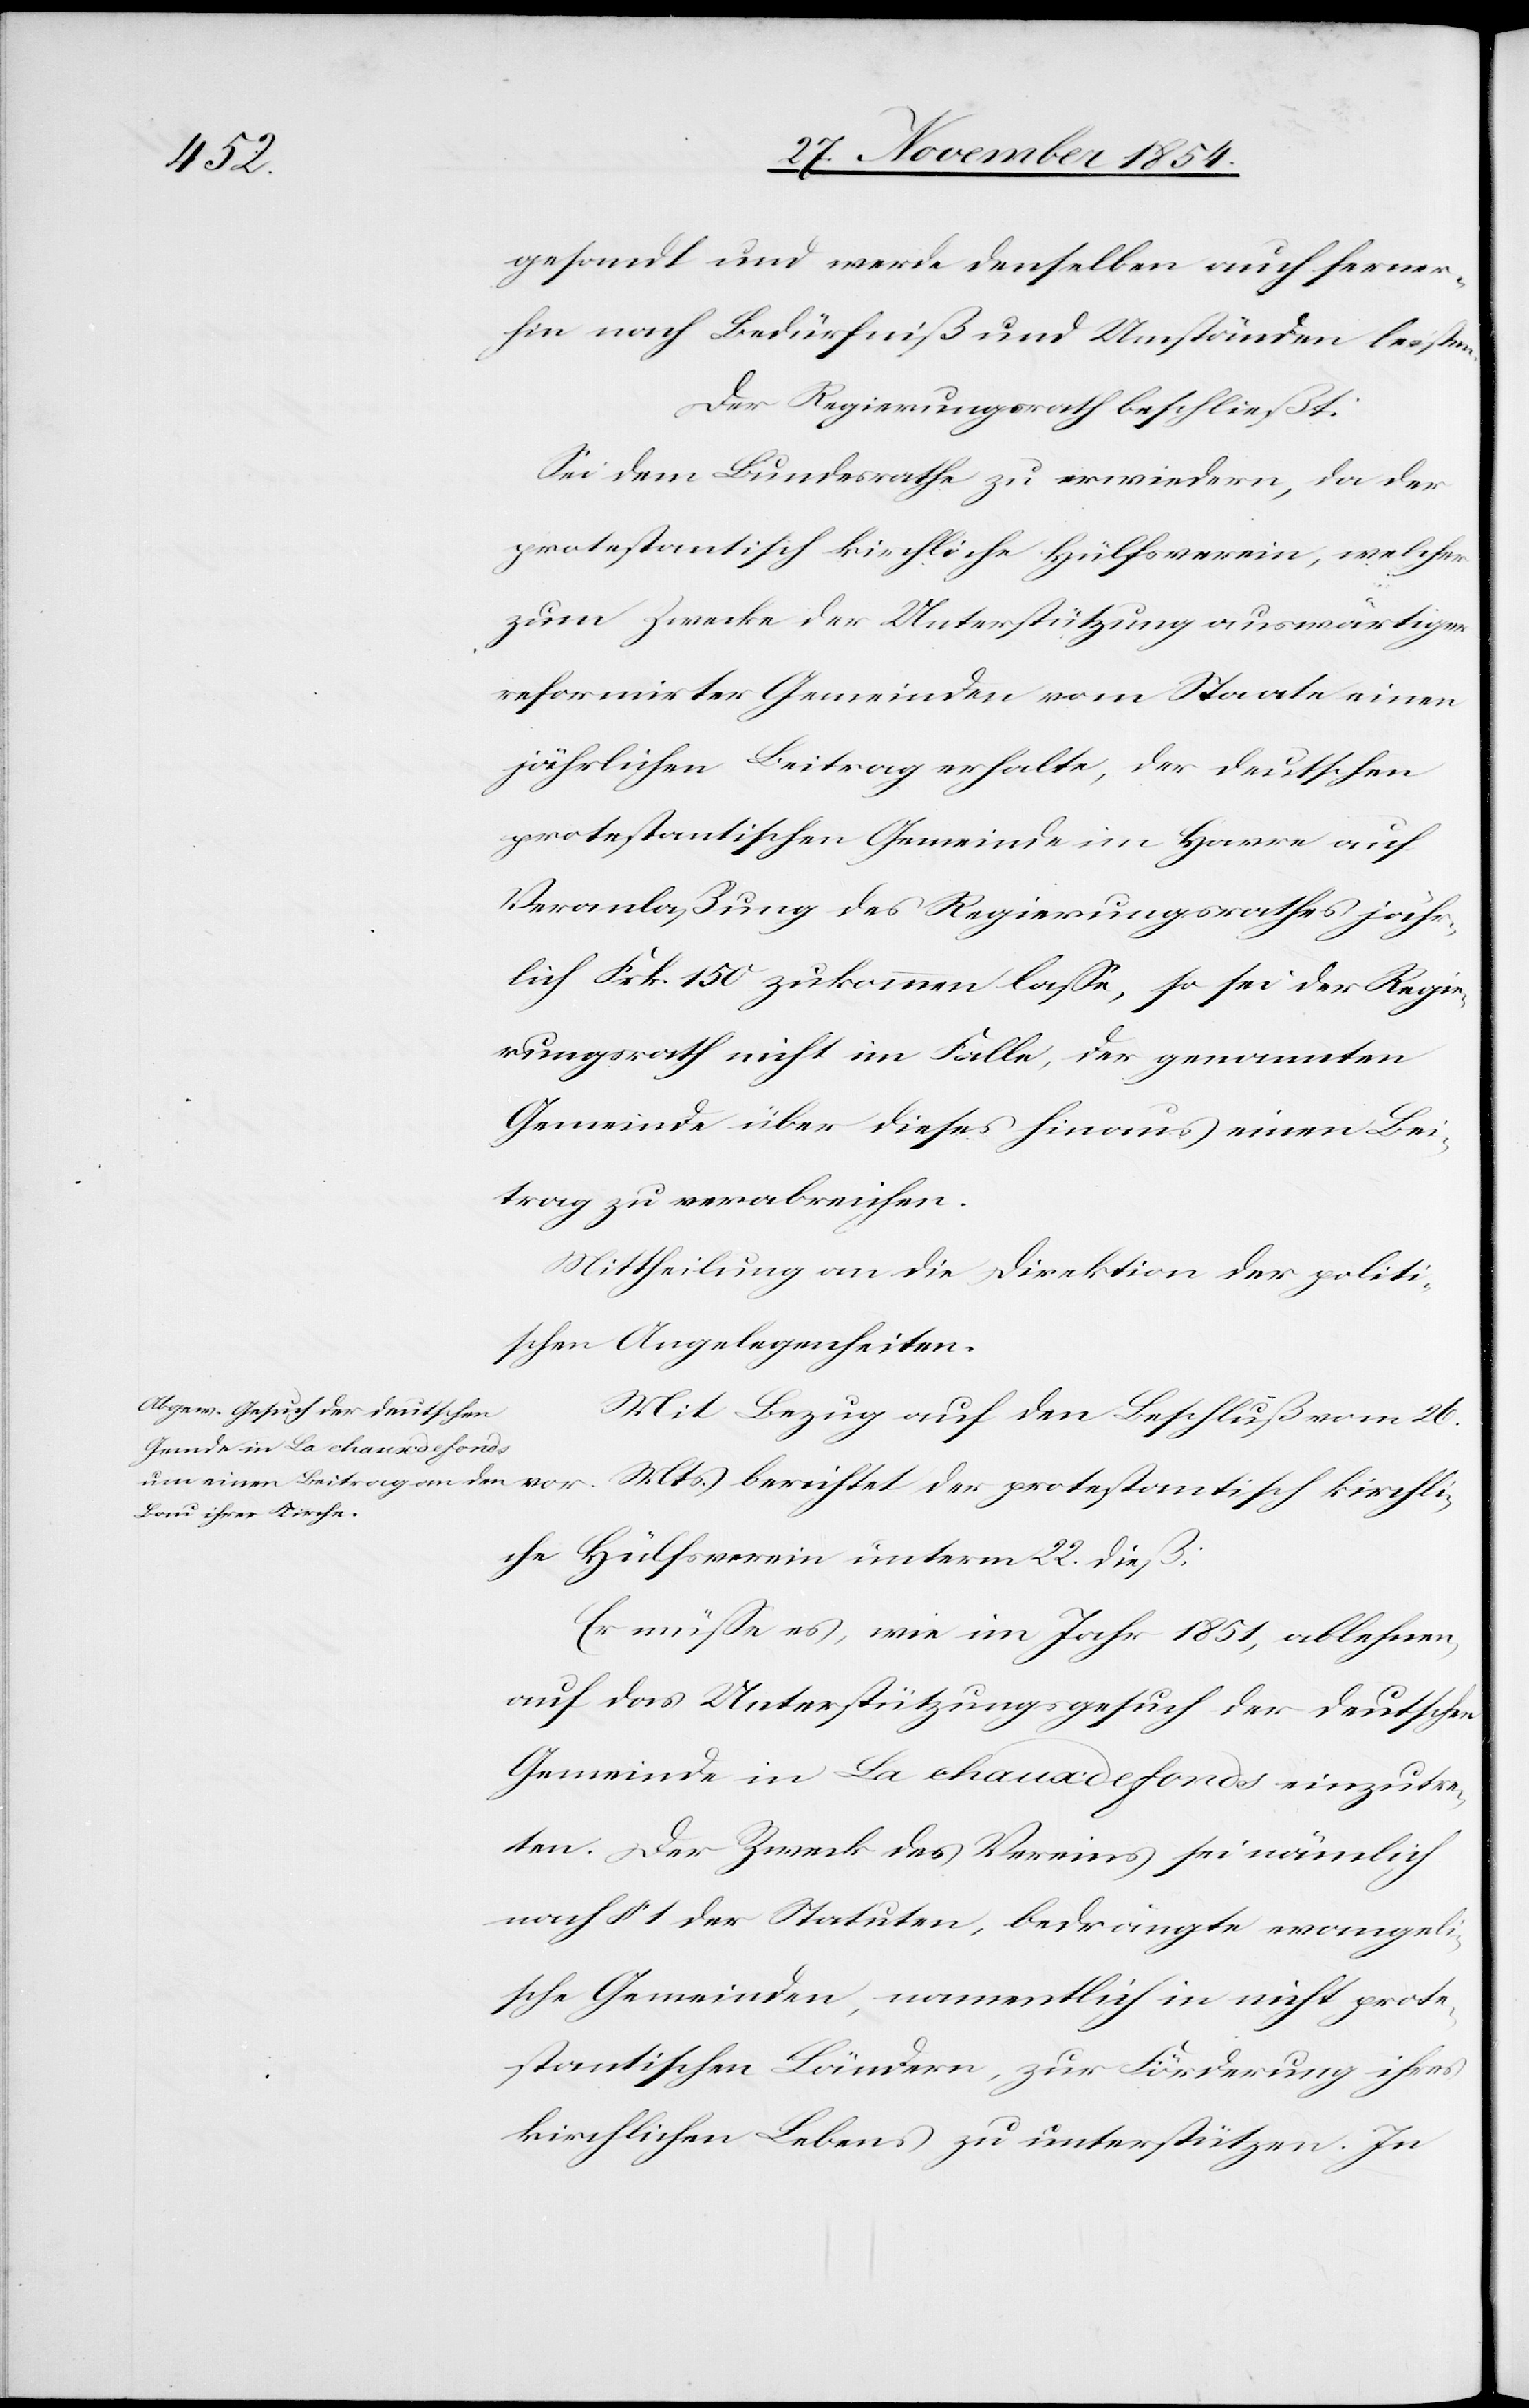
gesandt und werde denselben auch ferner¬
hin nach Bedürfniß und Umständen leisten.
Der Regierungsrath beschließt:
Sei dem Bundesrathe zu erwiedern, da der
protestantisch kirchliche Hülfsverein, welcher
zum Zwecke der Unterstützung auswärtiger
reformirter Gemeinden vom Staate einen
jährlichen Beitrag erhalte, der deutschen
protestantischen Gemeinde im Hâvre auf
Veranlaßung des Regierungsrathes jähr¬
lich Frk. 150 zukommen laße, so sei der Regie¬
rungsrath nicht im Falle, der genannten
Gemeinde über dieses hinaus einen Bei¬
trag zu verabreichen.
Mittheilung an die Direktion der politi¬
schen Angelegenheiten.
Mit Bezug auf den Beschluß vom 26.
vor. Mts. berichtet der protestantisch kirchli¬
che Hülfsverein unterm 22. dieß
Er müße es, wie im Jahr 1851, ablehnen,
auf das Unterstützungsgesuch der deutschen
Gemeinden in La chauxdefonds einzutre¬
ten. Der Zweck des Vereins sei nämlich
nach § 1 der Statuten, bedrängte evangeli¬
sche Gemeinden, namentlich in nicht prote¬
stantischen Ländern, zur Förderung ihres
kirchlichen Lebens zu unterstützen. In